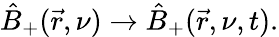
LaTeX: \hat{B}_{+}(\vec{r},\nu)\to\hat{B}_{+}(\vec{r},\nu,t).